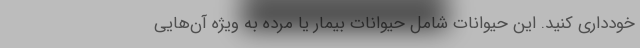
خودداری کنید. این حیوانات شامل حیوانات بیمار یا مرده به ویژه آن‌هایی